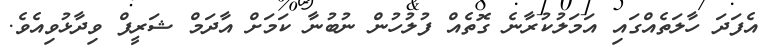
އެފަދަ ހާލަތެއްގައި އަމަލުކުރާނެ ގޮތެއް ފުލުހުން ނުބުނާ ކަމަށް އާދަމް ޝަރީފް ވިދާޅުވިއެވެ.